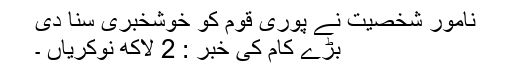
نامور شخصیت نے پوری قوم کو خوشخبری سنا دی
بڑے کام کی خبر : 2 لاکھ نوکریاں ۔